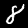
Digit: 8